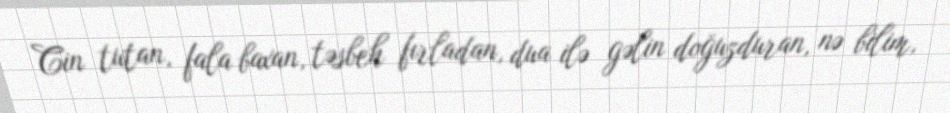
Cin tutan, fala baxan, təsbeh fırladan, dua ilə gəlin doğuzduran, nə bilim,